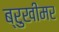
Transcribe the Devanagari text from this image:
ब्रुखीमर